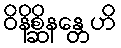
ဝိနိစ္ဆိနန္တေဟိ